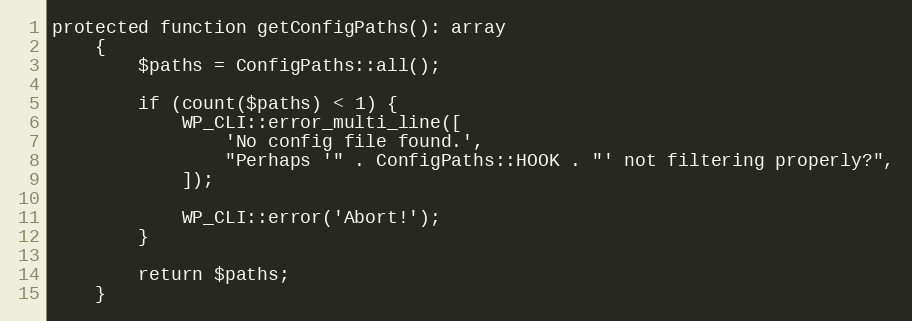
Language: PHP
protected function getConfigPaths(): array
    {
        $paths = ConfigPaths::all();

        if (count($paths) < 1) {
            WP_CLI::error_multi_line([
                'No config file found.',
                "Perhaps '" . ConfigPaths::HOOK . "' not filtering properly?",
            ]);

            WP_CLI::error('Abort!');
        }

        return $paths;
    }